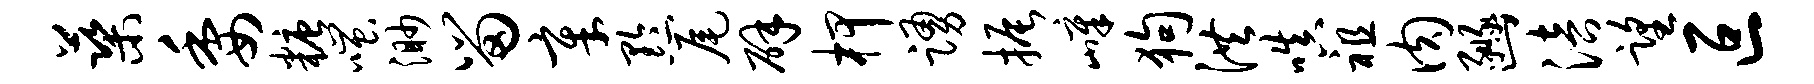
蕖委糖嗤渺留章黔尾辟柙踊振嶂狗洪嗔祖肉豳涪望叵